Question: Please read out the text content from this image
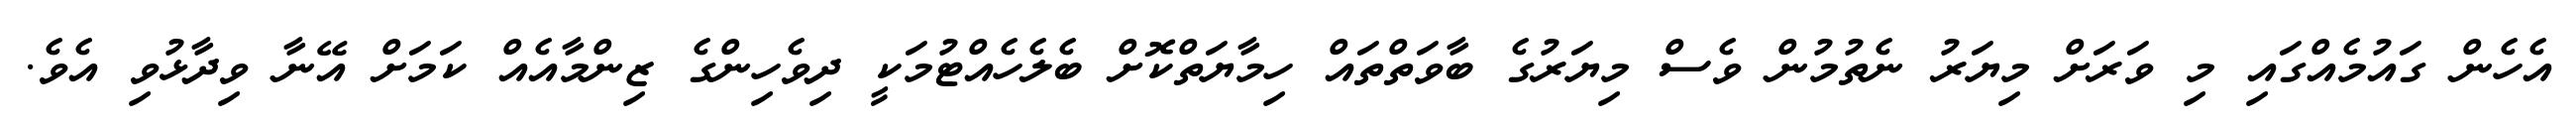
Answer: އެހެން ގައުމެއްގައި މި ވަރަށް މިޔަރު ނެތުމުން ވެސް މިޔަރުގެ ބާވަތްތައް ހިމާޔަތްކޮށް ބެލެހެއްޓުމަކީ ދިވެހިންގެ ޒިންމާއެއް ކަމަށް އޭނާ ވިދާޅުވި އެވެ.